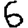
Digit: 6